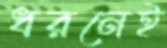
ধরনেই